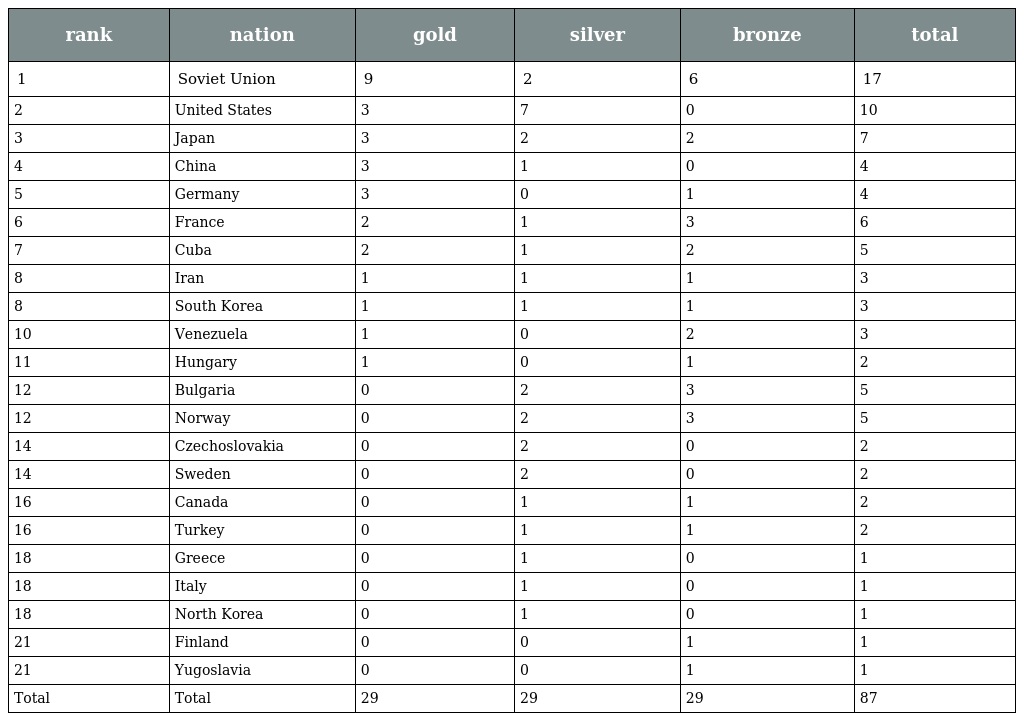
| rank | nation | gold | silver | bronze | total |
 | --- | --- | --- | --- | --- | --- |
 | 1 | Soviet Union | 9 | 2 | 6 | 17 |
 | 2 | United States | 3 | 7 | 0 | 10 |
 | 3 | Japan | 3 | 2 | 2 | 7 |
 | 4 | China | 3 | 1 | 0 | 4 |
 | 5 | Germany | 3 | 0 | 1 | 4 |
 | 6 | France | 2 | 1 | 3 | 6 |
 | 7 | Cuba | 2 | 1 | 2 | 5 |
 | 8 | Iran | 1 | 1 | 1 | 3 |
 | 8 | South Korea | 1 | 1 | 1 | 3 |
 | 10 | Venezuela | 1 | 0 | 2 | 3 |
 | 11 | Hungary | 1 | 0 | 1 | 2 |
 | 12 | Bulgaria | 0 | 2 | 3 | 5 |
 | 12 | Norway | 0 | 2 | 3 | 5 |
 | 14 | Czechoslovakia | 0 | 2 | 0 | 2 |
 | 14 | Sweden | 0 | 2 | 0 | 2 |
 | 16 | Canada | 0 | 1 | 1 | 2 |
 | 16 | Turkey | 0 | 1 | 1 | 2 |
 | 18 | Greece | 0 | 1 | 0 | 1 |
 | 18 | Italy | 0 | 1 | 0 | 1 |
 | 18 | North Korea | 0 | 1 | 0 | 1 |
 | 21 | Finland | 0 | 0 | 1 | 1 |
 | 21 | Yugoslavia | 0 | 0 | 1 | 1 |
 | Total | Total | 29 | 29 | 29 | 87 |